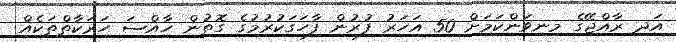
އަދި ރާއްޖޭގެ މިނިވަންކަމަށް 50 އަހަރު ފުރުން ފާހަގަކުރުމުގެ ގޮތުން ހާއްސަ ހަރަކާތްތަކެއް